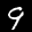
Label: 9